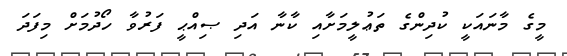
މީގެ މާނައަކީ ކުދިންގެ ތަޢުލީމަށާއި ކާނާ އަދި ޞިއްޙީ ފަރުވާ ހޯދުމަށް މިފަދަ